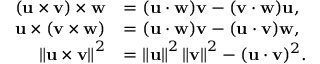
{ \begin{array} { r l } { ( \mathbf { u } \times \mathbf { v } ) \times \mathbf { w } } & { = ( \mathbf { u } \cdot \mathbf { w } ) \mathbf { v } - ( \mathbf { v } \cdot \mathbf { w } ) \mathbf { u } , } \\ { \mathbf { u } \times ( \mathbf { v } \times \mathbf { w } ) } & { = ( \mathbf { u } \cdot \mathbf { w } ) \mathbf { v } - ( \mathbf { u } \cdot \mathbf { v } ) \mathbf { w } , } \\ { \left\| \mathbf { u } \times \mathbf { v } \right\| ^ { 2 } } & { = \left\| \mathbf { u } \right\| ^ { 2 } \left\| \mathbf { v } \right\| ^ { 2 } - ( \mathbf { u } \cdot \mathbf { v } ) ^ { 2 } . } \end{array} }